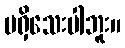
မရှိသေးပါဘူး။